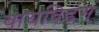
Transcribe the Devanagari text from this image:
बायबिडंग